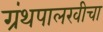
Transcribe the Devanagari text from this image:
ग्रंथपालखीचा